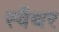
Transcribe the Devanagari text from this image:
स्वैथर